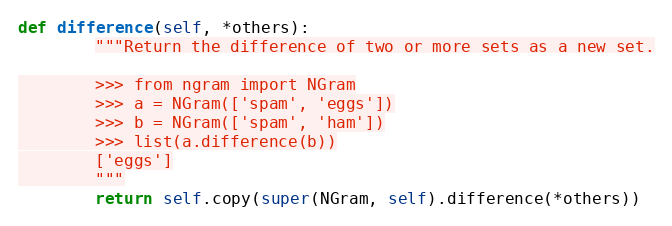
Language: Python
def difference(self, *others):
        """Return the difference of two or more sets as a new set.

        >>> from ngram import NGram
        >>> a = NGram(['spam', 'eggs'])
        >>> b = NGram(['spam', 'ham'])
        >>> list(a.difference(b))
        ['eggs']
        """
        return self.copy(super(NGram, self).difference(*others))